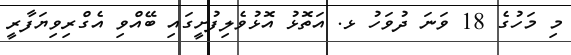
މި މަހުގެ 18 ވަނަ ދުވަހު ޅ. އަތޮޅު އޮޅުވެލިފުށީގައި ބޭއްވި އެގްރިވިޔަފާރީ